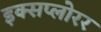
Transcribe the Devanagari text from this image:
इक्सप्लोरर